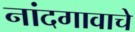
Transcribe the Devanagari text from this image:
नांदगावाचे